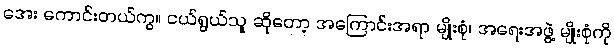
အေး ကောင်းတယ်ကွ။ ငယ်ရွယ်သူ ဆိုတော့ အကြောင်းအရာ မျိုးစုံ၊ အရေးအဖွဲ့ မျိုးစုံကို